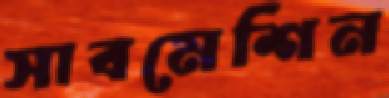
সাবমেশিন